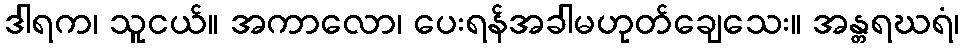
ဒါရက၊ သူငယ်။ အကာလော၊ ပေးရန်အခါမဟုတ်ချေသေး။ အန္တရဃရံ၊